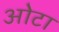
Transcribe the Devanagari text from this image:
ओेटा